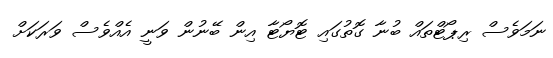
ނަމަވެސް ރިޕޯޓްތައް ބުނާ ގޮތުގައި ޓޮޔޯޓާ އިން ބޭނުން ވަނީ އެއްވެސް ވަރަކަށް